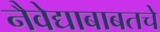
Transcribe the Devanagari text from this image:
नैवेद्याबाबतचे